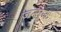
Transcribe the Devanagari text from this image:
जन्मज